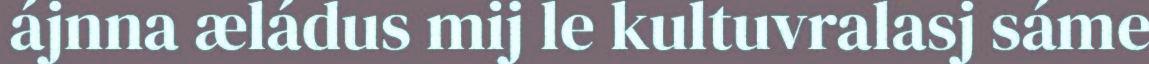
ájnna æládus mij le kultuvralasj sáme